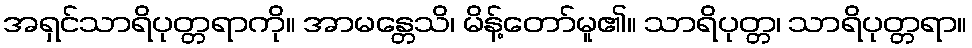
အရှင်သာရိပုတ္တရာကို။ အာမန္တေသိ၊ မိန့်တော်မူ၏။ သာရိပုတ္တ၊ သာရိပုတ္တရာ။